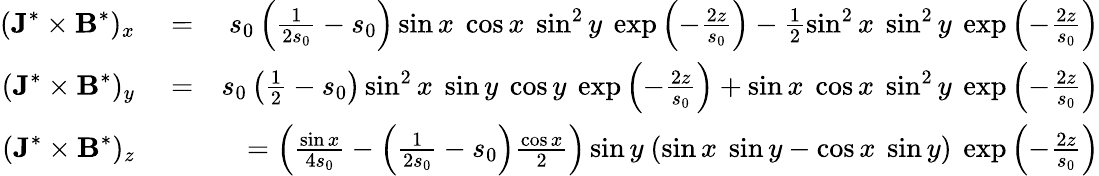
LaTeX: \begin{array}{rlr}{(\textbf{J}^{*}\times\textbf{B}^{*})_{x}}&{{}=}&{s_{0}\left(\frac{1}{2s_{0}}-s_{0}\right)\sin x~\cos x~\sin^{2}y~\exp\left(-\frac{2z}{s_{0}}\right)-\frac{1}{2}\sin^{2}x~\sin^{2}y~\exp\left(-\frac{2z}{s_{0}}\right)}\\ {(\textbf{J}^{*}\times\textbf{B}^{*})_{y}}&{{}=}&{s_{0}\left(\frac{1}{2}-s_{0}\right)\sin^{2}x~\sin y~\cos y~\exp\left(-\frac{2z}{s_{0}}\right)+\sin x~\cos x~\sin^{2}y~\exp\left(-\frac{2z}{s_{0}}\right)}\\ {(\textbf{J}^{*}\times\textbf{B}^{*})_{z}}&{{}}&{=\left(\frac{\sin x}{4s_{0}}-\left(\frac{1}{2s_{0}}-s_{0}\right)\frac{\cos x}{2}\right)\sin y~(\sin x~\sin y-\cos x~\sin y)~\exp\left(-\frac{2z}{s_{0}}\right)}\end{array}